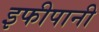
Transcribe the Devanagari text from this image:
इफीपानी